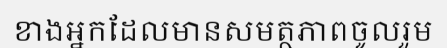
ខាងអ្នកដែលមានសមត្ថភាពចូលរួម